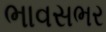
ભાવસભર